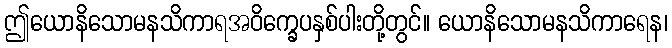
ဤယောနိသောမနသိကာရအဝိက္ခေပနှစ်ပါးတို့တွင်။ ယောနိသောမနသိကာရေန၊